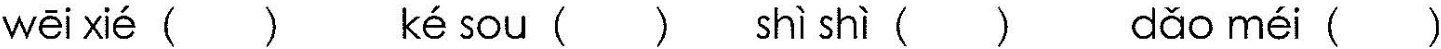
wēi xié () ké sou () shì shì () dǎo méi ()